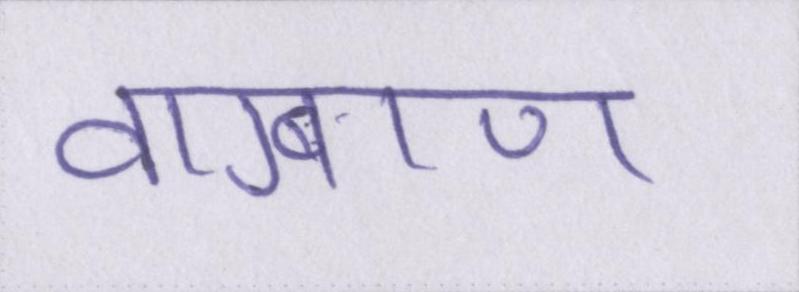
वाग्बाण